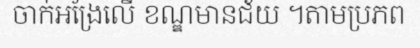
ចាក់អង្រែលើ ខណ្ឌមានជ័យ ។តាមប្រភព